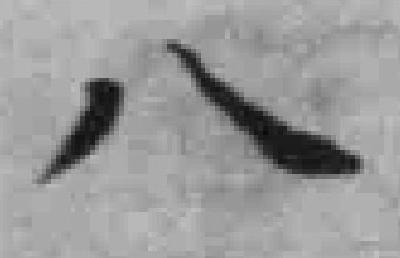
八